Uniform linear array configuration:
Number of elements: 48
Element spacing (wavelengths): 0.5
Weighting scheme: binomial
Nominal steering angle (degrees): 45
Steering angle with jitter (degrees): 46.868
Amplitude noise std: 0.05
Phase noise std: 0.05

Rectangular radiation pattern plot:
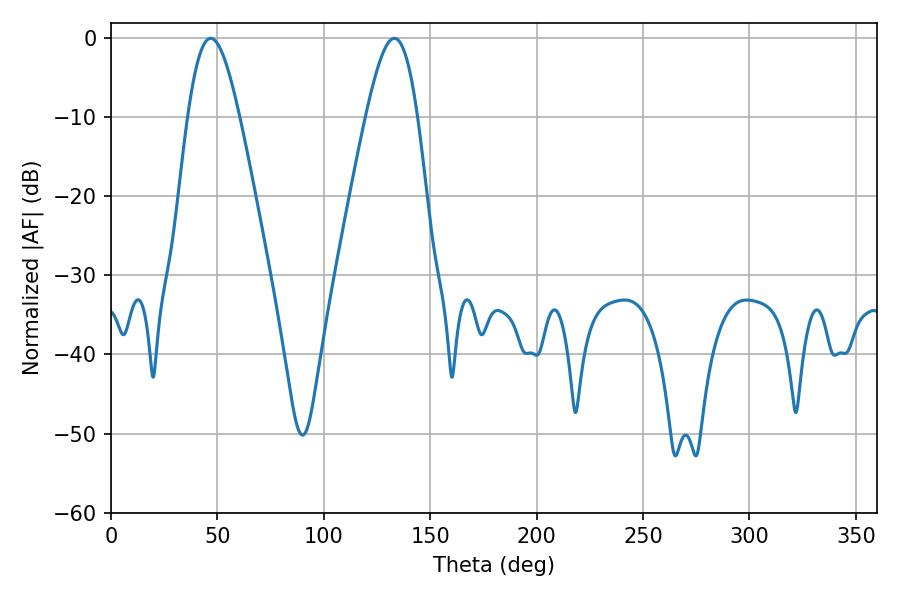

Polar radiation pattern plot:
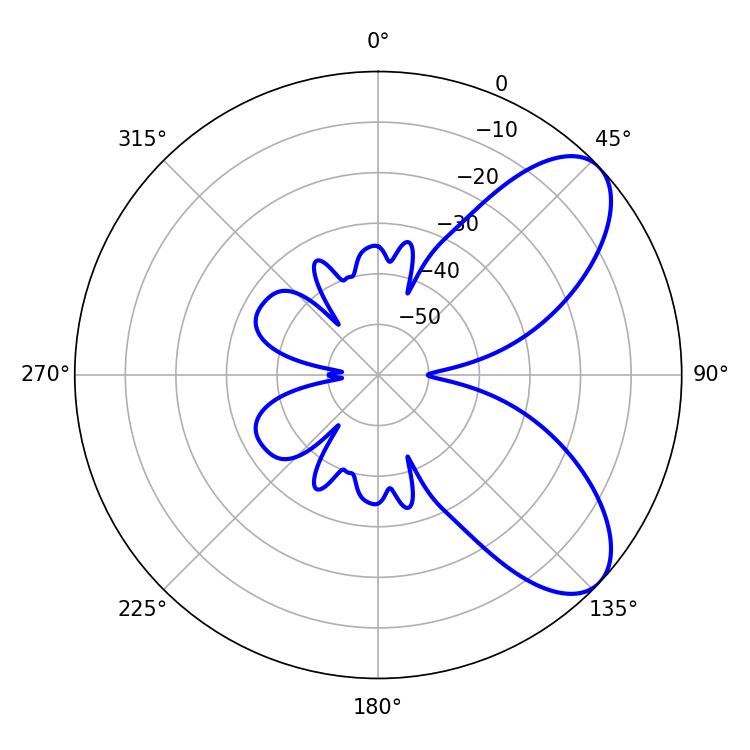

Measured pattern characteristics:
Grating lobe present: FALSE
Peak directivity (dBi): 7.387
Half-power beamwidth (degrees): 13.14
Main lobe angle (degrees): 46.8